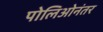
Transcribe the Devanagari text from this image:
पोलिओनंतर